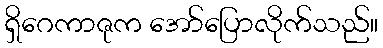
ရှိဂေကာဇုက အော်ပြောလိုက်သည်။